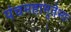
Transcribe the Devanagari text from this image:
पंचमहाभूतेभ्यः